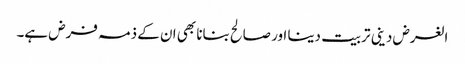
الغرض دینی تربیت دینا اور صالح بنانا بھی ان کے ذمہ فرض ہے۔